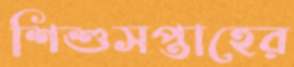
শিশুসপ্তাহের